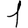
Digit: 1